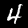
Digit: 4